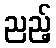
ညည့်